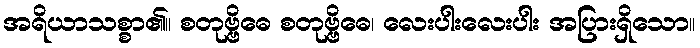
အရိယာသစ္စာ၏။ စတုဗ္ဗိဓေ စတုဗ္ဗိဓေ၊ လေးပါးလေးပါး အပြားရှိသော။